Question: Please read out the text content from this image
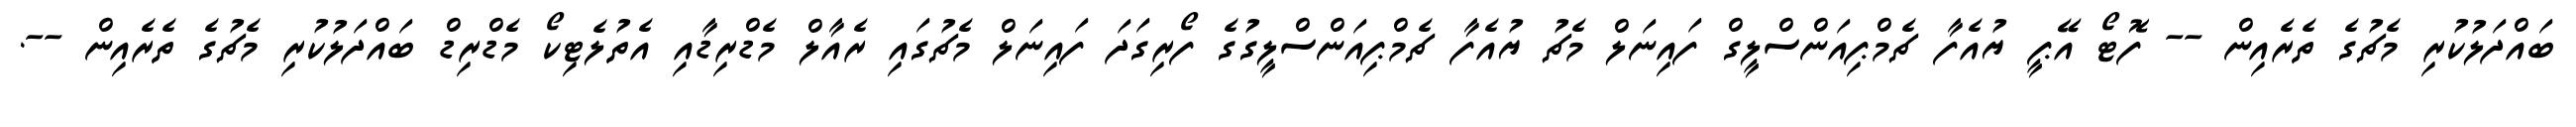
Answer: ބައްދަލުކުރި މެޗުގެ ތެރެއިން -- ފޮޓޯ އޭޕީ ޔުއެފާ ޗެމްޕިއަންސްލީގް ފައިނަލް މެޗު ޔުއެފާ ޗެމްޕިއަންސްލީގުގެ ފޯރިގަދަ ފައިނަލް މެޗުގައި ރެއާލް މެޑްރިޑާއި އެތުލެޓިކޯ މެޑްރިޑް ބައްދަލުކުރި މެޗުގެ ތެރެއިން --.